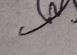
Signature authenticity: genuine